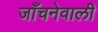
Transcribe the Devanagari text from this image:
जाँचनेवाली